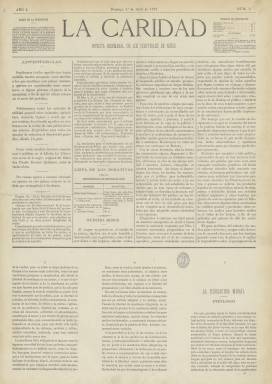
Título: La Caridad (Madrid. 1877)
Colección: Revistas infantiles
Ámbito geográfico: Madrid
Lugar de publicación: Madrid
Fechas: 01/04/1877-30/05/1877

Publicación de corta vida, que editó sólo dieciséis entregas, entre el uno de abril al 30 de mayo de 1877, como órgano de la Asociación Nacional para la Fundación y Sostenimiento de Hospitales de Niños en España, fundada y presidida por María del Carmen Hernández y Espinosa de los Monteros (1828-1894), duquesa consorte de Santoña, cuyo primer fruto fue la puesta en funcionamiento del madrileño Hospital del Niño Jesús, inaugurado oficialmente por Alfonso XII el catorce de enero de ese mismo año y considerado el primer centro sanitario pediátrico español, a imitación de otros que habían sido ya instituidos en otras capitales europeas. Dicha asociación tuvo como fin promover y facilitar medios para la fundación y establecimiento de hospitales de niños en todas las capitales de España, y también los beneficios de esta revista irán destinados a dicha asociación.

Se publica en números de cuatro páginas, compuestas a cuatro columnas, cuya cabecera irá ilustrada con una viñeta (excepto en el primer número). Su intención fue publicar artículos originales y otros reproducidos relacionados con la higiene doméstica o la educación moral y tiene secciones de literatura y de variedades, con composiciones poéticas (sonetos, madrigales, seguidillas, epístolas), charadas, epigramas o pensamientos de autores célebres; otra denominada Ecos de la prensa (con extractos de noticias, especialmente relacionadas con la beneficencia y la caridad), y una bibliográfica e, incluso la programación de espectáculos. Asimismo insertará como folletín La educación moral de la mujer, texto original de Ubaldo Romero Quiñones (1843-1914).

Con el subtítulo “revista bisemanal de los hospitales de niños”, aparece también los días de celebración del sorteo nacional que organiza. Y en su sección oficial ofrece la Lista de los donativos para el sostenimiento de los hospitales de niños, con el nombre de las personas “caritativas” y el tipo de donativo que dan, así como la relación de altas y bajas de niños ingresados en el Hospital del Niño Jesús.

La aparición de esta revista va a coincidir también con un pleito por un artículo crítico publicado en la prensa contra la duquesa, y un juicio de conciliación entre Saturnino García de la Puente y el director de La Caridad (¿Rafael González de la Cruz?) relativo al primer sorteo celebrado, aunque ya en el primero número se había hecho referencia a una injerencia en el hospital de una presunta “sociedad anónima”. En su artículo de presentación se había indicado asimismo que serían “extraños por completo a la política”, pero una carta al director del hijo de la duquesa, José de Heredia y Hernández, rechazó que se publicaran “cuestiones filosóficas”, y al ser retirada su condición de órgano de la asociación, la revista cesará en su publicación.